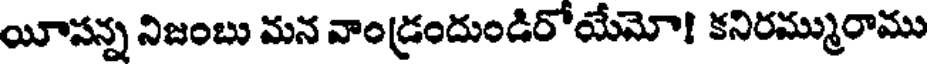
యీసన్న నిజంబు మన వాండ్రందుండిరోయేమో! కనిరమ్మురాము